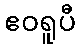
ဧဝရူပီ